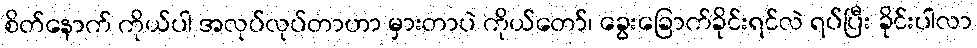
စိတ်နောက် ကိုယ်ပါ အလုပ်လုပ်တာဟာ မှားတာပဲ ကိုယ်တော်၊ ခွေးခြောက်ခိုင်းရင်လဲ ရပ်ပြီး ခိုင်းပါလာ